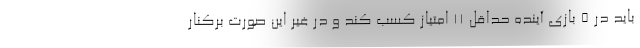
باید در 5 بازی آینده حداقل 11 امتیاز کسب کند و در غیر این صورت برکنار